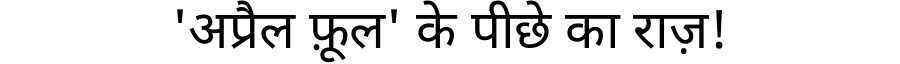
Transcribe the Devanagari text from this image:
'अप्रैल फ़ूल' के पीछे का राज़!